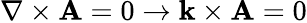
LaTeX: \nabla\times\mathbf{A}=0\rightarrow\mathbf{k}\times\mathbf{A}=0